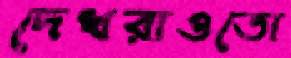
দেখরাওতো